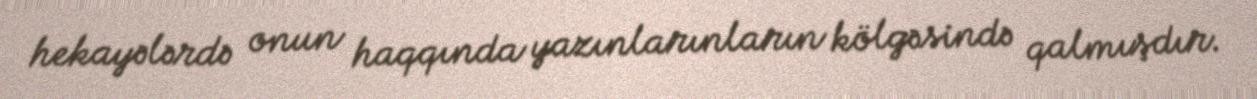
hekayələrdə onun haqqında yazınlarınların kölgəsində qalmışdır.